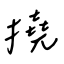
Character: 撓